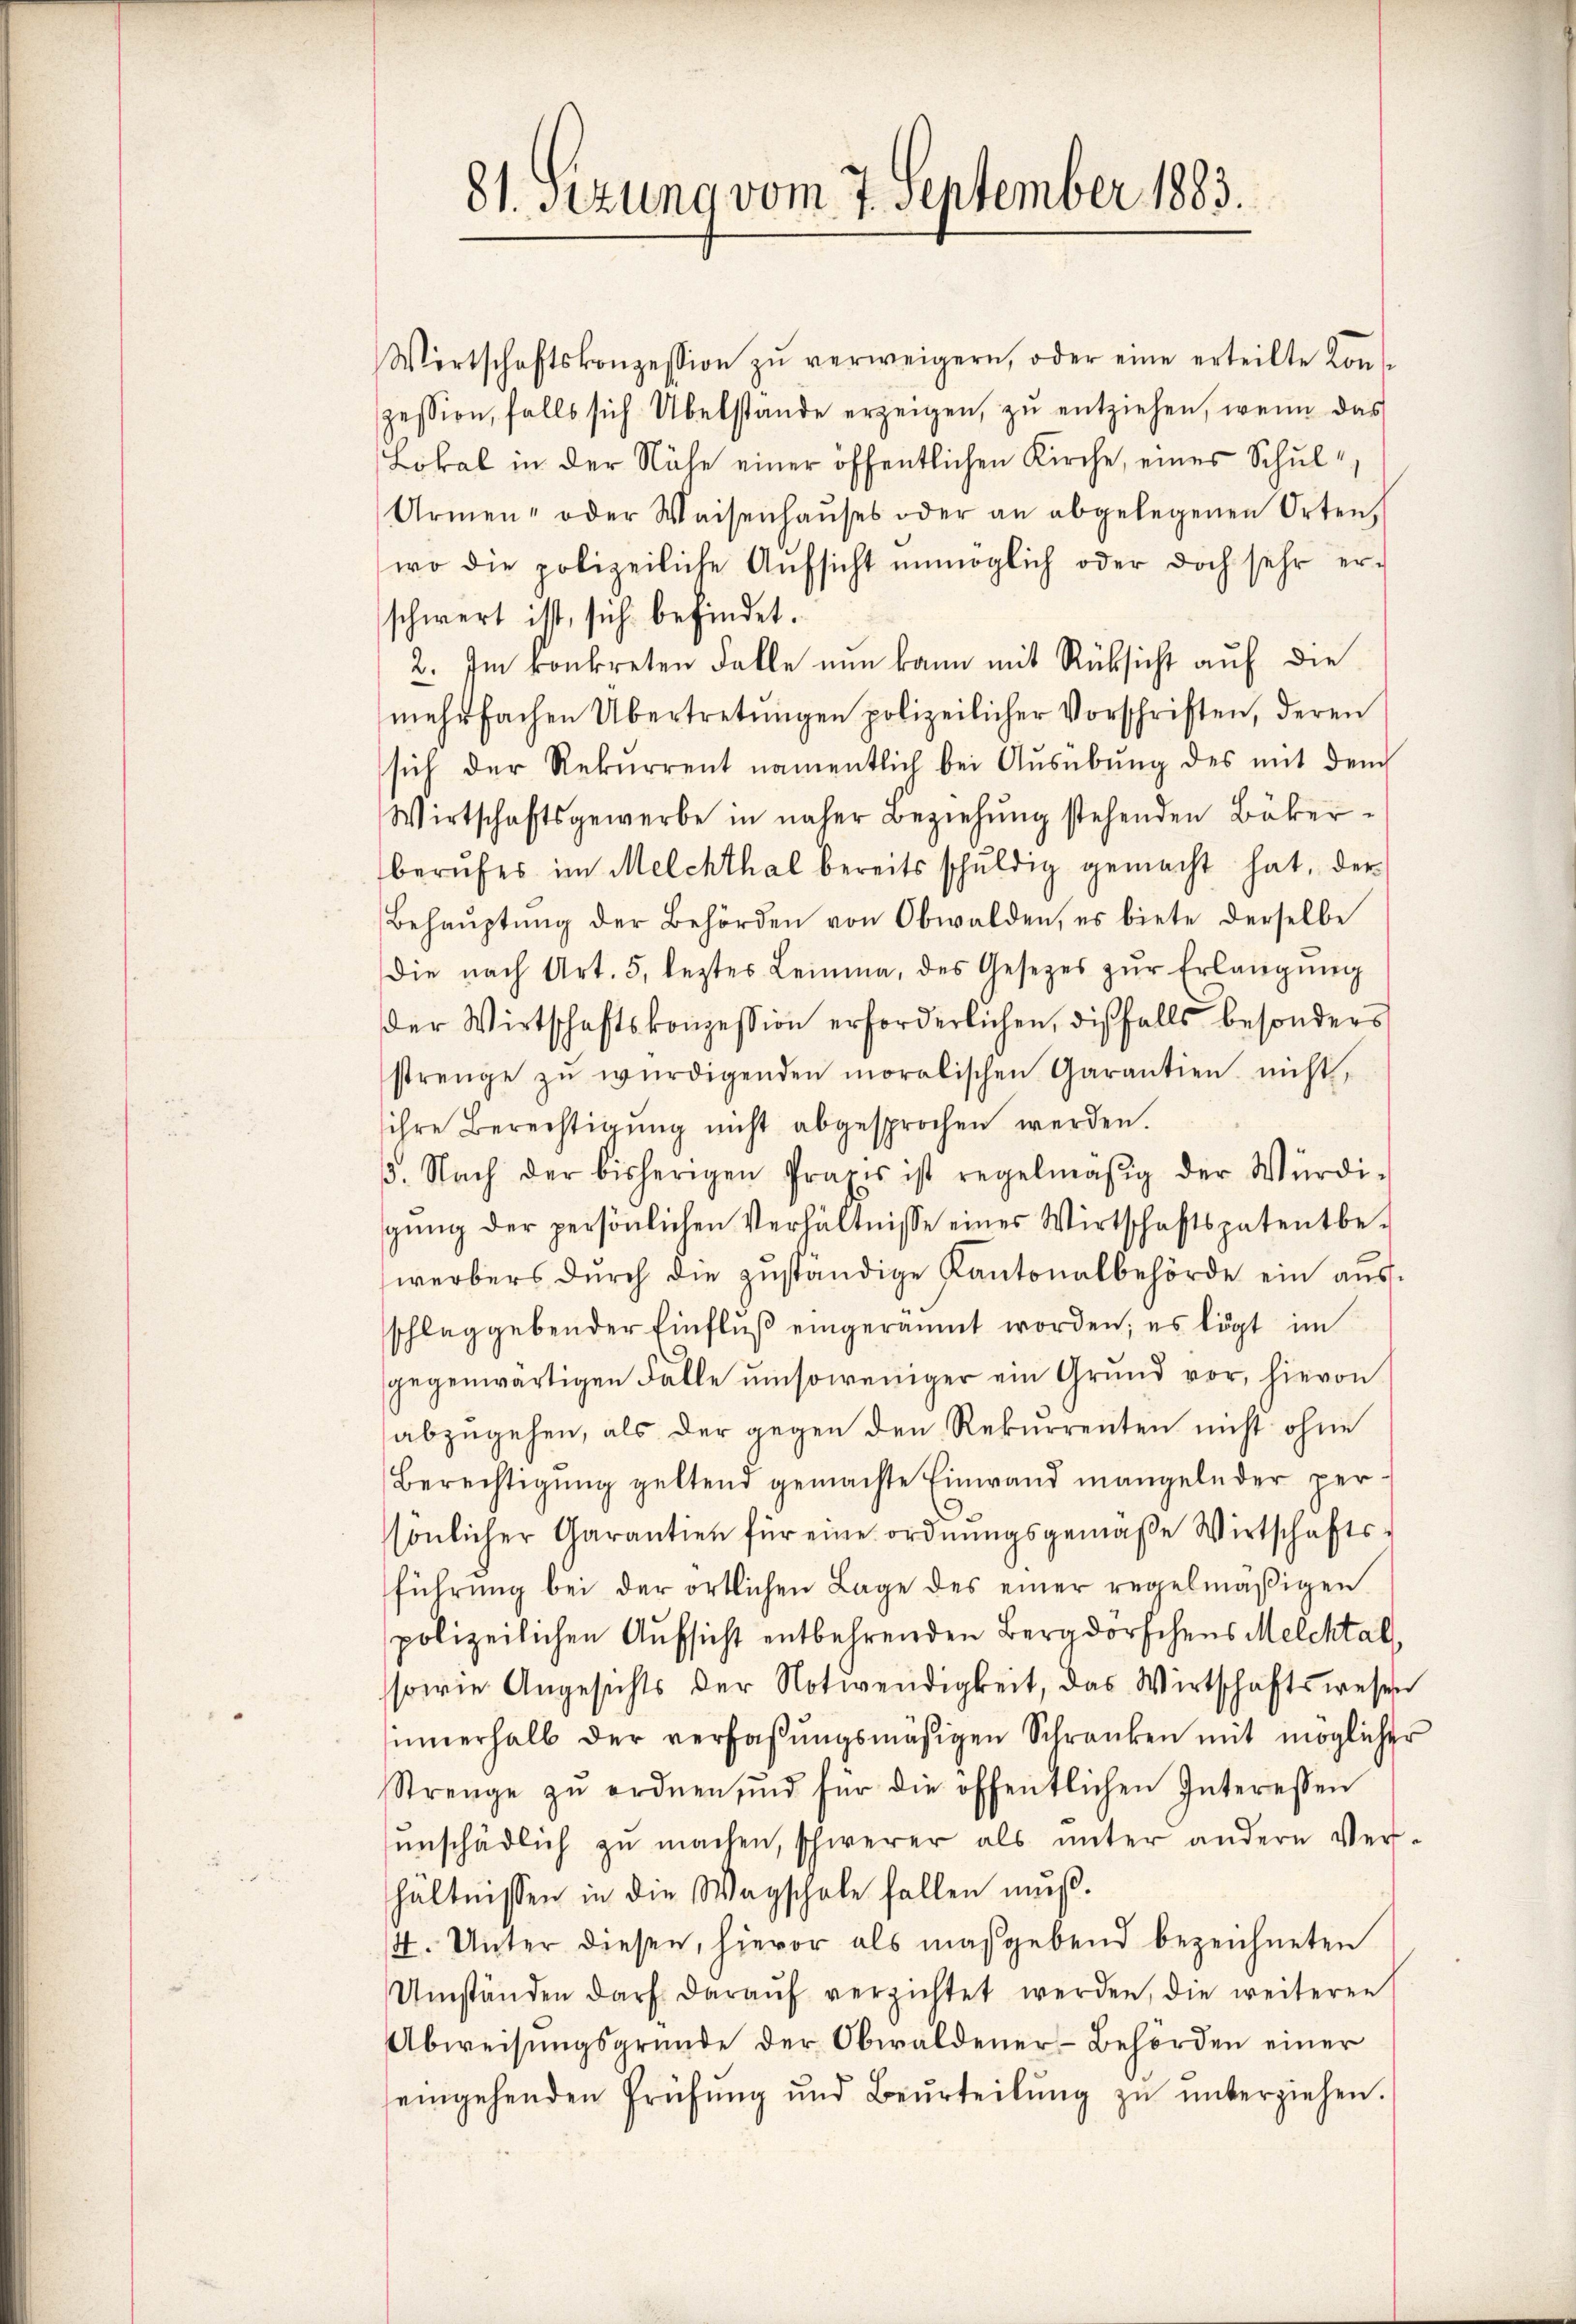
81. sizung vom 7. September 1883.

Wirtschaftskonzession zŭ verweigern, oder eine erteilte Kons
zession, falls sich Übelstande erzeigen, zŭ entziehen, wenn das
Lokal in der Nähe einer öffentlichen Kirche, eines Schul¬
Armen- oder Weisenhaŭses oder an abgelegenen Orten,
wo die polizeiliche Aŭfsicht unmöglich oder doch sehr erschwert ist, sich befindet.
2. Im konkreten Falle nŭn kann mit Rücksicht aŭf die
mehrfachen Übertretŭngen polizeilicher Vorschriften, deren
sich der Rekurrent namentlich bei Ausübung des mit dem
Wirtschaftsgewerbe in näher Beziehung stehenden Bäker-
berŭfes im Melchthal bereits schŭldig gemacht hat, der
Behaŭptŭng der Behörden von Obwalden, es biete derselbe
die nach Art. 5, leztes Leimma, des Gesetzes zŭr Erlangŭng
der Wirtschaftskonzession erforderlichen, diesfalls besonders
strenge zŭ würdigenden moralischen Garantien nicht,
ihre Berechtigŭng nicht abgesprochen werden.
. Nach der bisherigen Praxis ist regelmäsig der Würdi-
gŭng der persönlichen Verhältnisse eines Wirtschaftspatentbe-
werbers dŭrch die zŭständige Kantonalbehörde ein aŭs-
schlag gebender Einflŭβ eingeräumt worden; es lögt im
gegenwärtigen Fälle umsoweniger ein Grund vor, hievon
abzŭgehen, als der gegen den Rekurrenten nicht ohne
Berechtigung geltend gemachte Einwand mangelnder perssönlicher Garantien für eine ordnungsgemäße Wirtschaftsführŭng bei der örtlichen Lage des einer regelmäβigen
polizeilichen Aufsicht entbehrenden Bergdorfchens Melchtal,
sowie Angesichts der Notwendigkeit, das Wirtschaftswesen
innerhalb der verfaβŭngsmäsigen Schranken mit möglicher
Strenge zŭ ordnen, und für die öffentlichen Interessen
ŭnschädlich zŭ machen, schwerer als ŭnter andern Ver-
hältnissen in die Wagschale fallen mŭβ.
4. Unter diesen, hievor als maßgebend bezeichneten
Umständen darf daraŭf verzichtet werden, die weiteren
Abweisungsgründe der Obwaldener-Behörden einer
eingehenden Prüfŭng und Beurteilŭng zŭ ŭnterziehen.